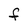
Character: f